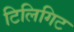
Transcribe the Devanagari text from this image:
टिलिगिट